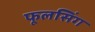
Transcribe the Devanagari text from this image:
फूलसिंग